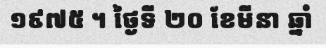
១៩៧៥ ។ ថ្ងៃទី ២០ ខែមីនា ឆ្នាំ